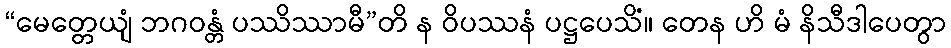
“မေတ္တေယျံ ဘဂဝန္တံ ပဿိဿာမီ”တိ န ဝိပဿနံ ပဋ္ဌပေသိံ။ တေန ဟိ မံ နိသီဒါပေတွာ